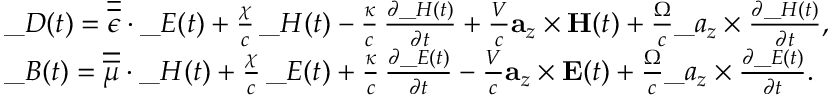
\begin{array} { r l } & { \_ D ( t ) = \overline { { \overline { { \epsilon } } } } \cdot \_ E ( t ) + \frac { \chi } { c } \, \_ H ( t ) - \frac { \kappa } { c } \, \frac { \partial \_ H ( t ) } { \partial t } + \frac { V } { c } \mathbf { a } _ { z } \times \mathbf { H } ( t ) + \frac { \Omega } { c } \_ a _ { z } \times \frac { \partial \_ H ( t ) } { \partial t } , } \\ & { \_ B ( t ) = \overline { { \overline { { \mu } } } } \cdot \_ H ( t ) + \frac { \chi } { c } \, \_ E ( t ) + \frac { \kappa } { c } \, \frac { \partial \_ E ( t ) } { \partial t } - \frac { V } { c } \mathbf { a } _ { z } \times \mathbf { E } ( t ) + \frac { \Omega } { c } \_ a _ { z } \times \frac { \partial \_ E ( t ) } { \partial t } . } \end{array}